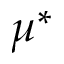
\mu ^ { \ast }